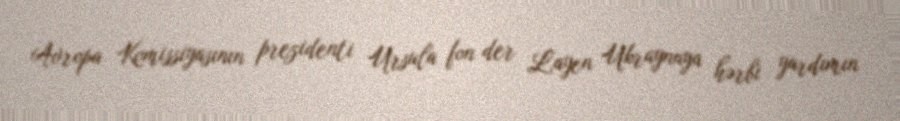
Avropa Komissiyasının prezidenti Ursula fon der Layen Ukraynaya hərbi yardımın